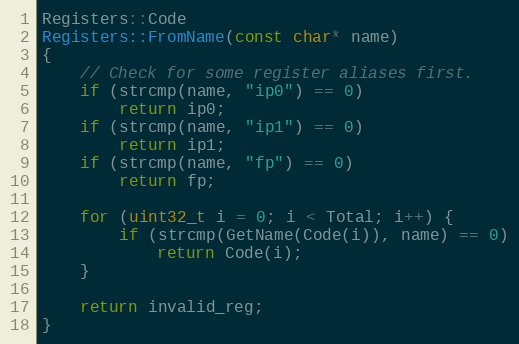
Language: C++
Registers::Code
Registers::FromName(const char* name)
{
    // Check for some register aliases first.
    if (strcmp(name, "ip0") == 0)
        return ip0;
    if (strcmp(name, "ip1") == 0)
        return ip1;
    if (strcmp(name, "fp") == 0)
        return fp;

    for (uint32_t i = 0; i < Total; i++) {
        if (strcmp(GetName(Code(i)), name) == 0)
            return Code(i);
    }

    return invalid_reg;
}